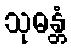
သုဓန္တံ